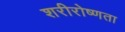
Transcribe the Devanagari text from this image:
शरीरोष्णता